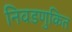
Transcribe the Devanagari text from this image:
निवडणुकित